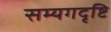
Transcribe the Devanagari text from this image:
सम्यगदृष्टि